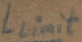
Text: Llimit